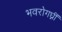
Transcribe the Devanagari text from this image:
भवरोगघ्नीं